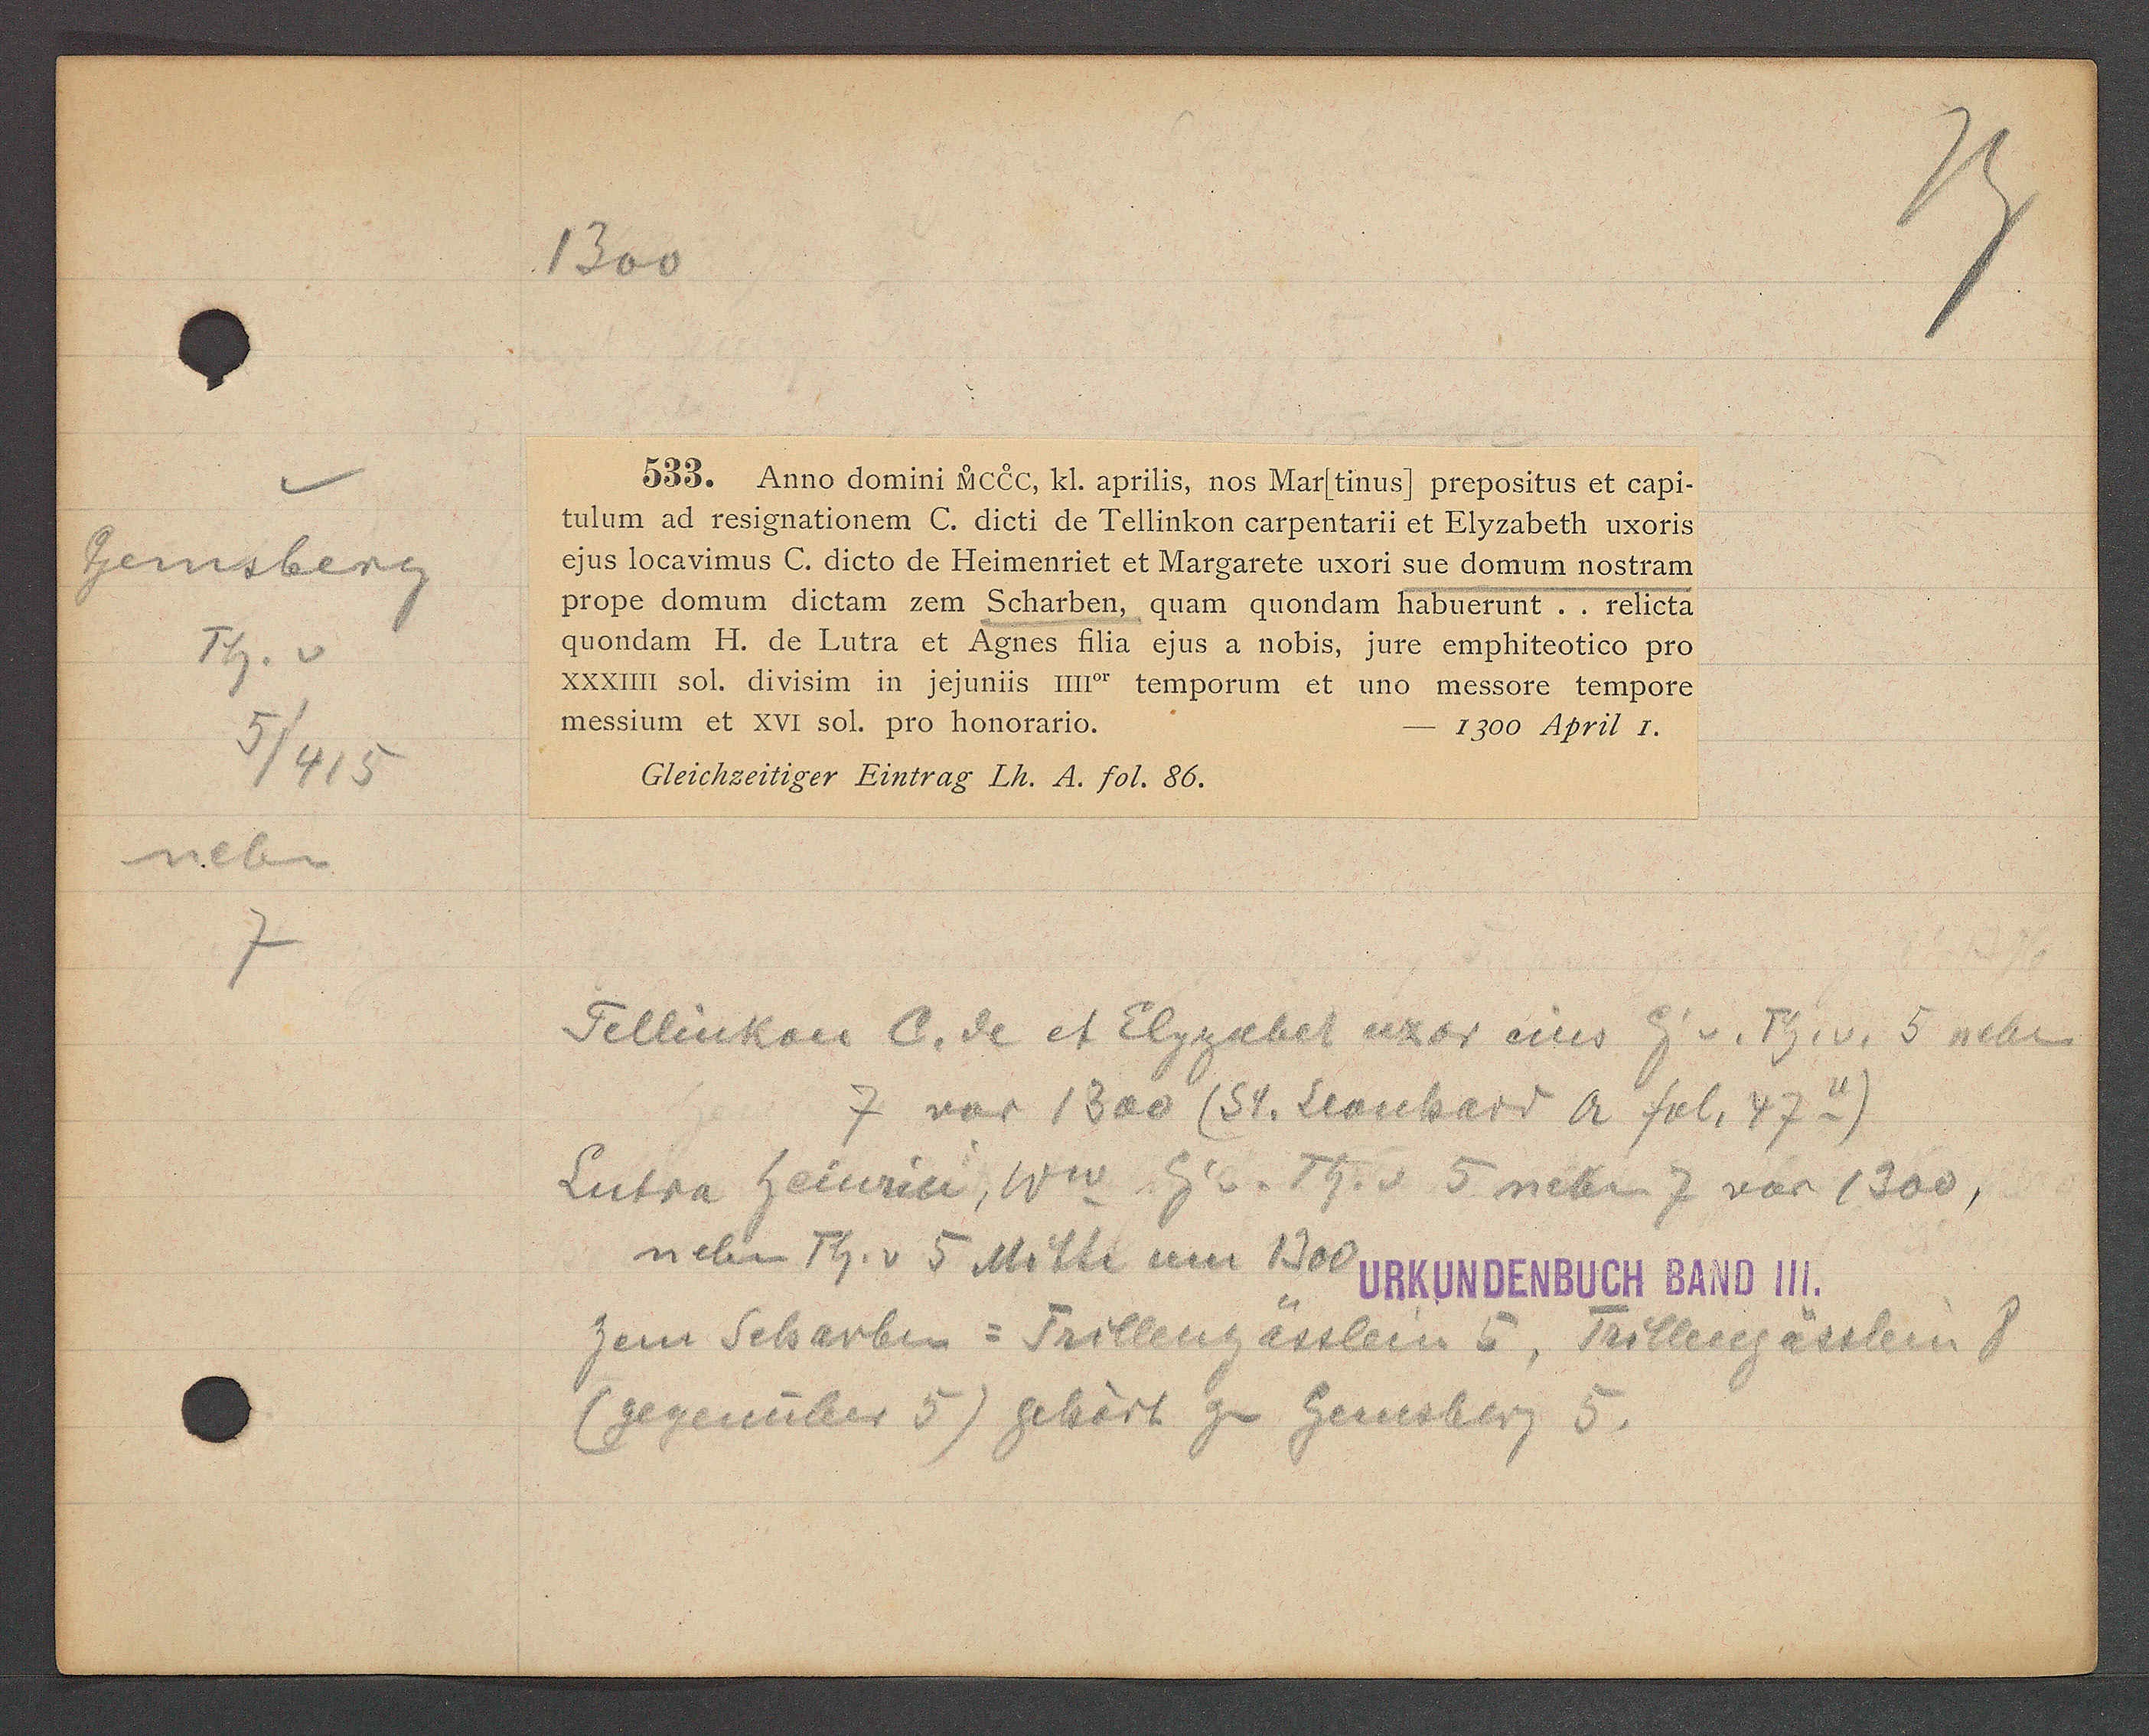
Transcript:
Heinsberg
Th. v
5/415
neben

1300

Bises anno domini ureEc, kl. aprilis, vos Marfeinus) grepositus et capi.
hulum ad resignationem C. Sicti de Fellinkon carpentarii et Elrzabeth üforis
us Jocavimus C. Sicto de Heimenriet et Margarete wrori sue domum nostram
grope domum dictam zem Scharben, quam quondam habuerunt. Feticta
quondam H. de lutra et Aenes hlia gus a uobis, jure emphitcoties pro
xm sol. diuisim in jeunis Muer temporum et uno nessore Lempore
nessium et XVr Sol. ero honorati0.
1300 Aprit 1.
Eleichseiliger Eintrag Th. d. fol. 86.

Fellinkan A. de et Elzgabel uxor eins Eig v. Th. v. 5 neben
7 vor 1300 (St. Leonhard 2 fol. 47-)
Lutra heinrini, Ww Eig v. Th. v 5 neben 7 vor 1300,
neben Th. v 5 Mitte um 1360 1RA MDEMBUCH BAHO 111
zem Scharben = Frillengässlein E, Prilleregässbein 8
(gegenüber 5) gebört zu Gernsberg 5.